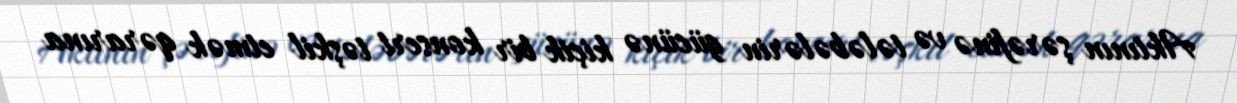
Aktının şərəfinə və tələbələrin gücünə kiçik bir konsert təşkil etmək qərarına